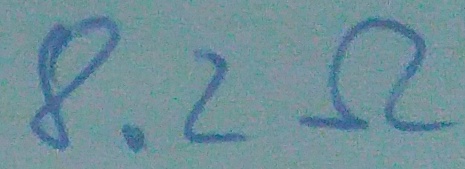
Text: 8.2Ω